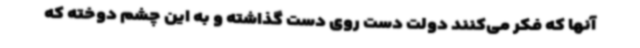
آنها که فکر می‌کنند دولت دست روی دست گذاشته و به این چشم دوخته که